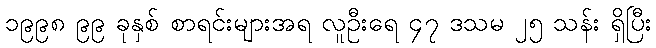
၁၉၉၈ ၉၉ ခုနှစ် စာရင်းများအရ လူဦးရေ ၄၇ ဒသမ ၂၅ သန်း ရှိပြီး